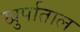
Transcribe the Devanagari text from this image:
खुर्पाताल